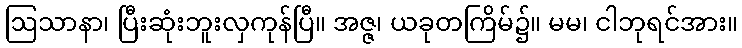
ဩသာနာ၊ ပြီးဆုံးဘူးလှကုန်ပြီ။ အဇ္ဇ၊ ယခုတကြိမ်၌။ မမ၊ ငါဘုရင်အား။